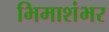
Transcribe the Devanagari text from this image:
भिमाशंभर